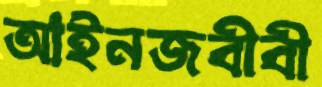
আইনজবীবী